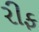
રીફ